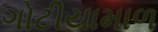
ગોટીયામાળ